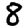
Digit: 8